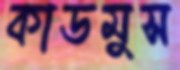
কাডমুস